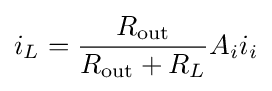
i_{L}={\frac {R_{\text{out}}}{R_{\text{out}}+R_{L}}}A_{i}i_{i}